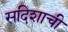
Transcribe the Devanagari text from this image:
सदिशाची